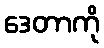
ဒေတာကို